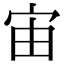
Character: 宙